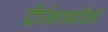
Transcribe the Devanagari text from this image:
दीर्घकाव्यांपैकी